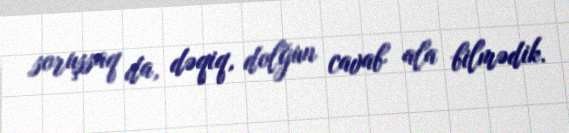
soruşsaq da, dəqiq, dolğun cavab ala bilmədik.